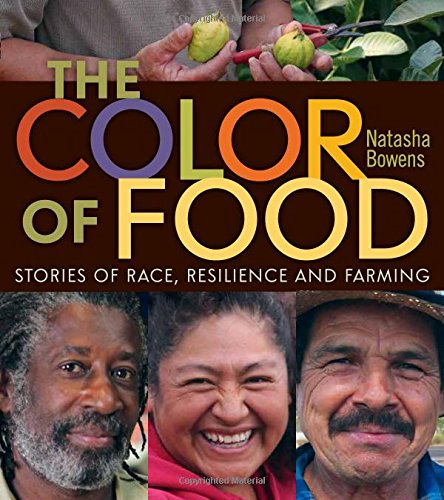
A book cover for The Color of Food: Stories of Race, Resilience and Farming; Natasha Bowens; Science & Math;